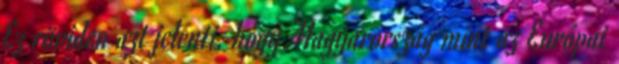
Ez röviden azt jelenti, hogy Magyarország mint az Európai